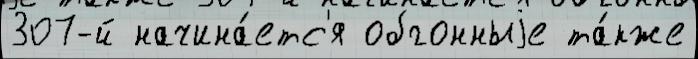
307-й начина́етс'я обгонныjе та́кже